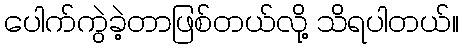
ပေါက်ကွဲခဲ့တာဖြစ်တယ်လို့ သိရပါတယ်။